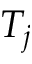
T _ { j }